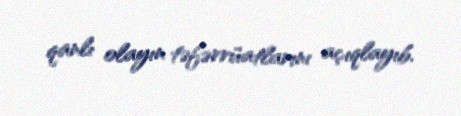
qanlı olayın təfərrüatlarını açıqlayıb.